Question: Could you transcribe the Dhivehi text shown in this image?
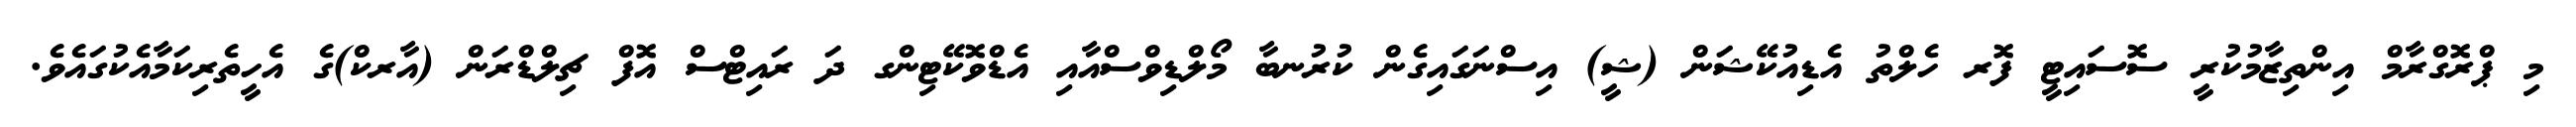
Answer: މި ޕްރޮގްރާމް އިންތިޒާމުކުރީ ސޮސައިޓީ ފޮރ ހެލްތު އެޑިއުކޭޝަން (ޝީ) އިސްނަގައިގެން ކުރުނބާ މޯލްޑިވްސްއާއި އެޑްވޮކޭޓިންގ ދަ ރައިޓްސް އޮފް ޗިލްޑްރަން (އާރކް)ގެ އެހީތެރިކަމާއެކުގައެވެ.